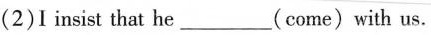
(2)I insist that he___(come)with us.